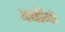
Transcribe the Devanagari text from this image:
बयाँगों